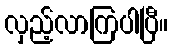
လှည့်လာကြပါပြီ။